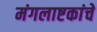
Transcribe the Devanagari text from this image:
मंगलाष्टकांचे